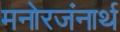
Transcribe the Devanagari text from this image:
मनोरजंनार्थ